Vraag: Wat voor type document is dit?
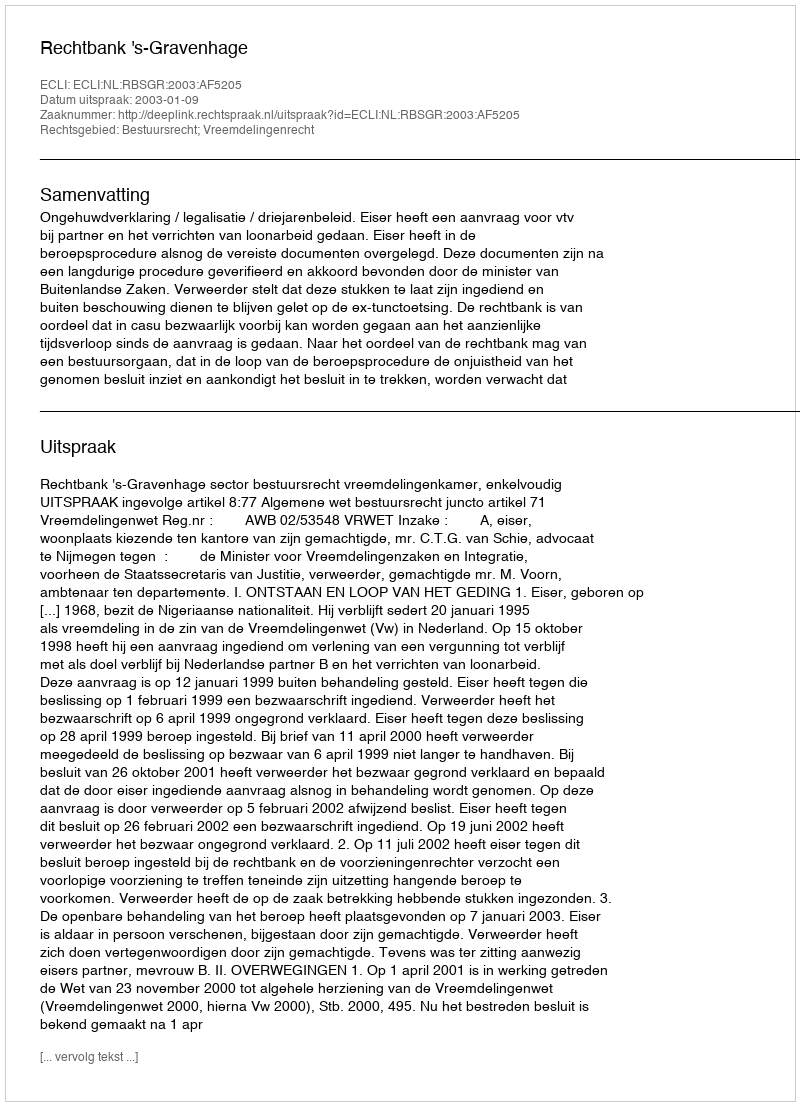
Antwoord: Uitspraak